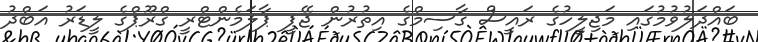
ބައްދަލުވުމުގައި މަޖިލީހުގެ ރައީސް ގާސިމްގެ އިތުރުން ޖޭޕީ ޕާލަމެންޓްރީ ގްރޫޕްގެ ލީޑަރު އަބްދު